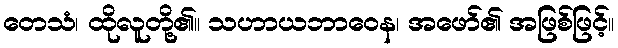
တေသံ၊ ထိုလူတို့၏။ သဟာယဘာဝေန၊ အဖော်၏ အဖြစ်ဖြင့်။